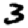
Digit: 3